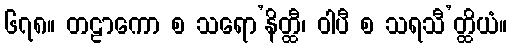
၆၇၈။ တဠာကော စ သရော’နိတ္ထီ၊ ဝါပီ စ သရသီ’တ္ထိယံ။